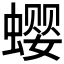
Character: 𰳗